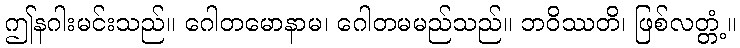
ဤနဂါးမင်းသည်။ ဂေါတမောနာမ၊ ဂေါတမမည်သည်။ ဘဝိဿတိ၊ ဖြစ်လတ္တံ့။